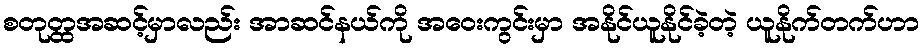
စတုတ္ထအဆင့်မှာလည်း အာဆင်နယ်ကို အဝေးကွင်းမှာ အနိုင်ယူနိုင်ခဲ့တဲ့ ယူနိုက်တက်ဟာ